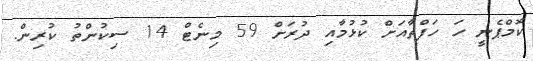
ކޮމްޕެނީ ހަ ހަފްތާއަށް ކުޅުމާއި ދުރަށް 59 މިނެޓް 14 ސިކުންތު ކުރިން.